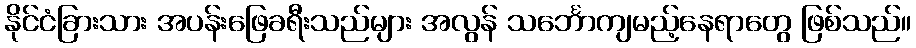
နိုင်ငံခြားသား အပန်းဖြေခရီးသည်များ အလွန် သင်္ဘောကျမည့်နေရာတွေ ဖြစ်သည်။